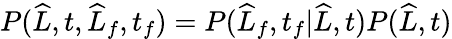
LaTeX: P(\widehat{L},t,\widehat{L}_{f},t_{f})=P(\widehat{L}_{f},t_{f}|\widehat{L},t)P(\widehat{L},t)